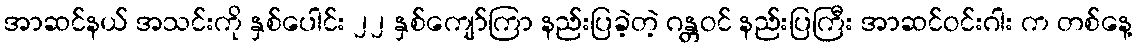
အာဆင်နယ် အသင်းကို နှစ်ပေါင်း ၂၂ နှစ်ကျော်ကြာ နည်းပြခဲ့တဲ့ ဂန္တဝင် နည်းပြကြီး အာဆင်ဝင်းဂါး က တစ်နေ့